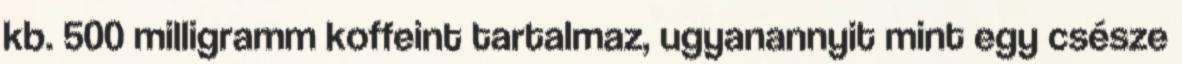
kb. 500 milligramm koffeint tartalmaz, ugyanannyit mint egy csésze